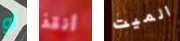
أو أنقذ الميت